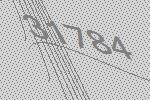
31784